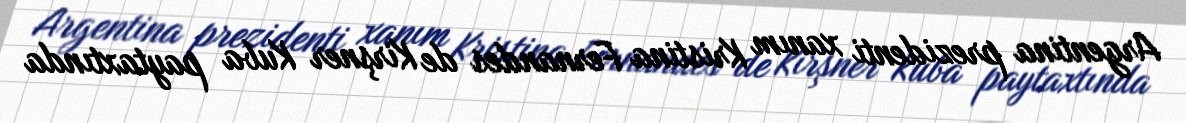
Argentina prezidenti xanım Kristina Fernandes de Kirşner Kuba paytaxtında